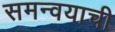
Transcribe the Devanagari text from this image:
समन्वयाची